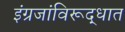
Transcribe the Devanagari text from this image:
इंग्रजांविरूद्धात